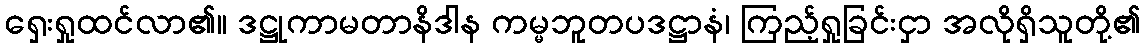
ရှေးရှုထင်လာ၏။ ဒဋ္ဌုကာမတာနိဒါန ကမ္မဘူတပဒဋ္ဌာနံ၊ ကြည့်ရှုခြင်းငှာ အလိုရှိသူတို့၏